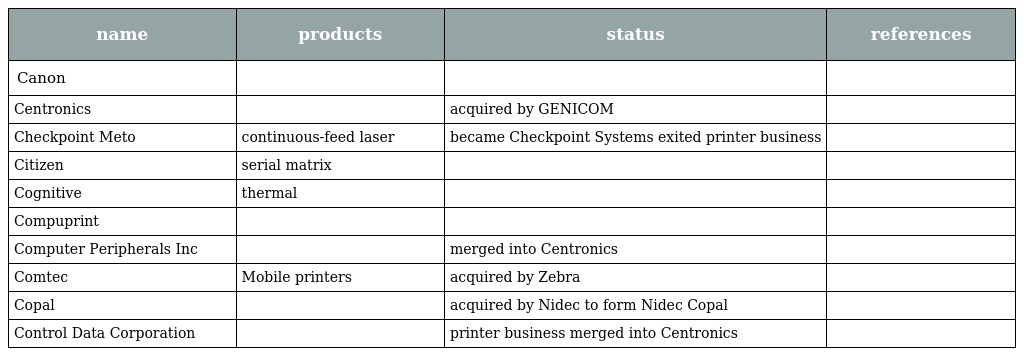
| name | products | status | references |
 | --- | --- | --- | --- |
 | Canon |  |  |  |
 | Centronics |  | acquired by GENICOM |  |
 | Checkpoint Meto | continuous-feed laser | became Checkpoint Systems exited printer business |  |
 | Citizen | serial matrix |  |  |
 | Cognitive | thermal |  |  |
 | Compuprint |  |  |  |
 | Computer Peripherals Inc |  | merged into Centronics |  |
 | Comtec | Mobile printers | acquired by Zebra |  |
 | Copal |  | acquired by Nidec to form Nidec Copal |  |
 | Control Data Corporation |  | printer business merged into Centronics |  |